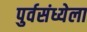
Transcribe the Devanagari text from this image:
पुर्वसंध्येला